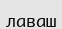
лаваш